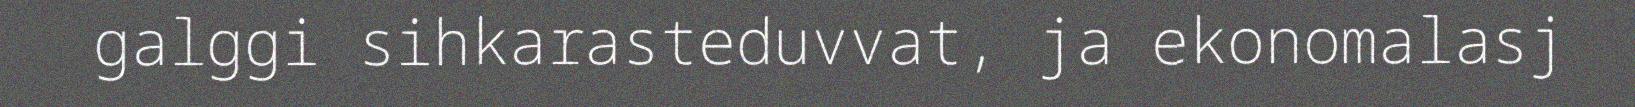
galggi sihkarasteduvvat, ja ekonomalasj